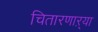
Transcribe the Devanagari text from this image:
चितारणाऱ्या